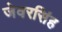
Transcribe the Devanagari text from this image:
जेवरसिंह